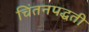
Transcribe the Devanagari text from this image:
चिंतनपद्धती